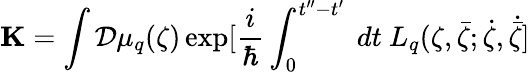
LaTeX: {\mathbf K}=\int{\cal D}\mu_{q}(\zeta)\exp[\frac{i}{\hbar}\int_{0}^{t^{\prime\prime}-t^{\prime}}\ dt\ L_{q}(\zeta,\bar{\zeta};\dot{\zeta},\dot{\bar{\zeta}}]